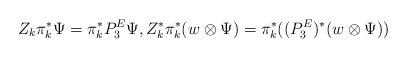
LaTeX: \begin{align*}Z_k \pi_k^* \Psi=\pi_k^*P^E_3 \Psi,Z_k^* \pi_k^*(w\otimes\Psi)=\pi_k^*((P^E_3)^*(w\otimes\Psi))\end{align*}